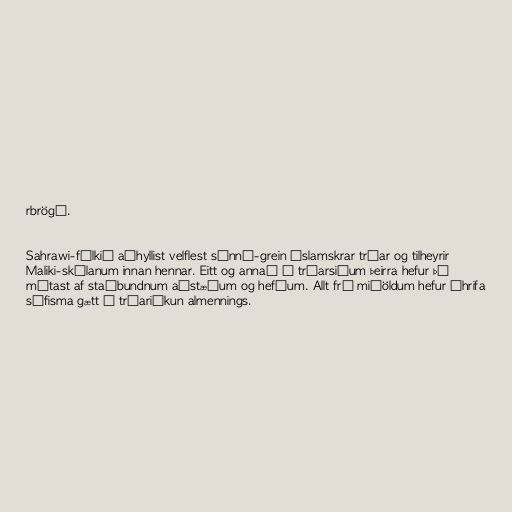
rbrögð.

Sahrawi-fólkið aðhyllist velflest súnní-grein íslamskrar trúar og tilheyrir
Maliki-skólanum innan hennar. Eitt og annað í trúarsiðum þeirra hefur þó
mótast af staðbundnum aðstæðum og hefðum. Allt frá miðöldum hefur áhrifa
súfisma gætt í trúariðkun almennings.